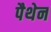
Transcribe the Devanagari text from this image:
पैथेन